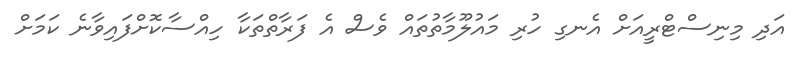
އަދި މިނިސްޓްރީއަށް އެނގި ހުރި މައުލޫމާތުތައް ވެސް އެ ފަރާތްތަކާ ހިއްސާކޮށްފައިވާނެ ކަމަށް